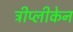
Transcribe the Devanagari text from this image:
ट्रीप्लीकेन